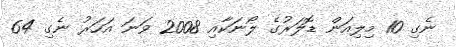
ނެގި 10 މިލިއަން ޑޮލަރުގެ ލޯނަކާއި 2008 ވަނަ އަހަރު ނެގި 64